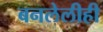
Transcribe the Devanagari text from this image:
बनलेलीही